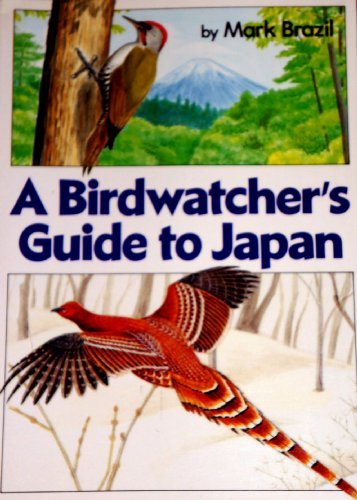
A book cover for A Birdwatcher's Guide to Japan; Mark Brazil; Travel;